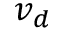
v _ { d }